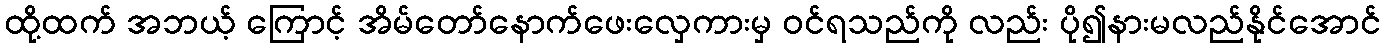
ထို့ထက် အဘယ့် ကြောင့် အိမ်တော်နောက်ဖေးလှေကားမှ ဝင်ရသည်ကို လည်း ပို၍နားမလည်နိုင်အောင်